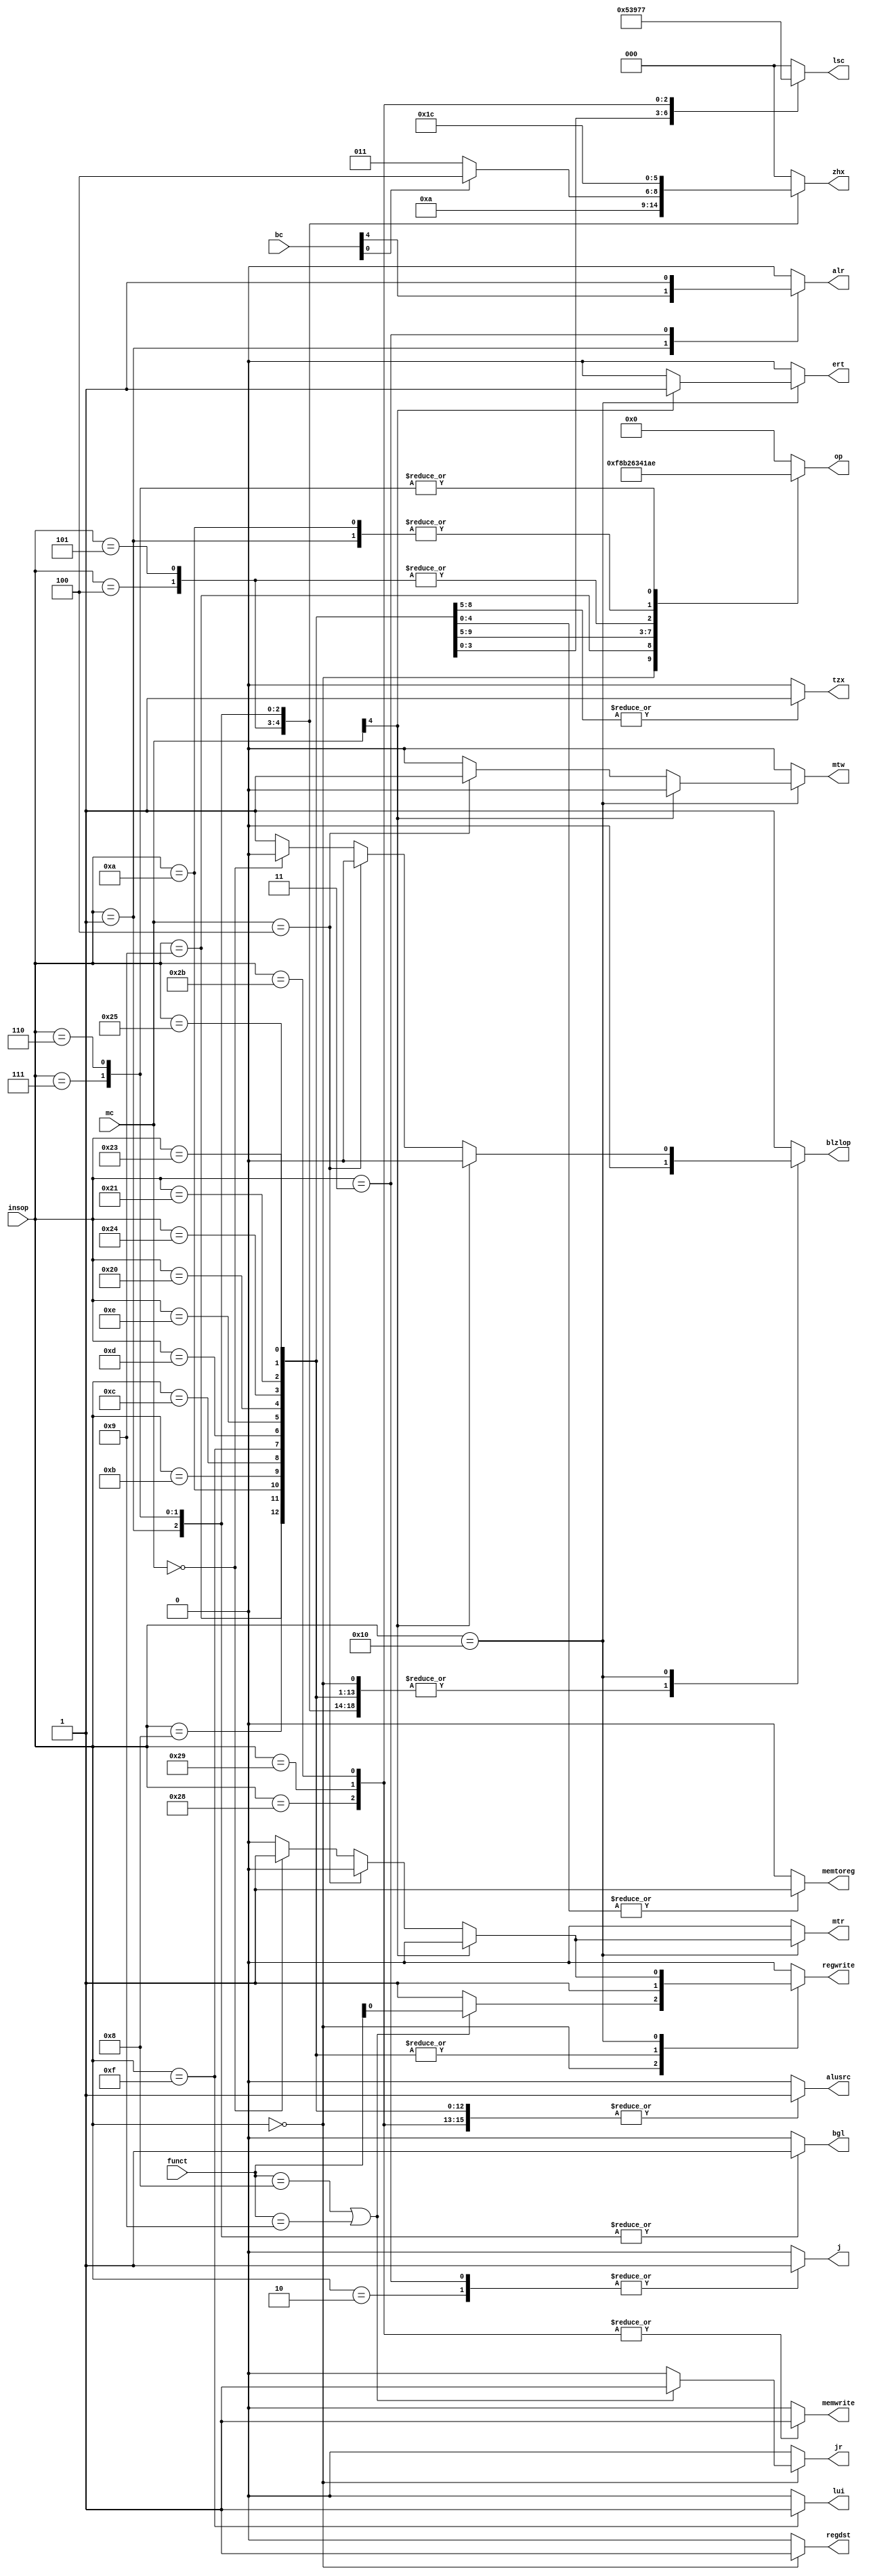
`timescale 1ns / 1ps
//////////////////////////////////////////////////////////////////////////////////
// Company: 
// Engineer: 
// 
// Design Name: 
// Module Name: CT1
// Project Name: 
// Target Devices: 
// Tool Versions: 
// Description: 
// 
// Dependencies: 
// 
// Revision:
// Revision 0.01 - File Created
// Additional Comments:
// 
//////////////////////////////////////////////////////////////////////////////////


module CT1(
input [5:0]insop,funct,
input [4:0] bc,mc,
output reg memtoreg,j,jr,alr,tzx,regwrite,blzlop,alusrc,regdst,ert,memwrite,mtr,mtw,lui,bgl,
output reg [2:0] zhx,lsc,
output reg [3:0] op
    );
always @ * 
begin
  {memtoreg,j,jr,alr,tzx,regwrite,blzlop,alusrc,regdst,ert,memwrite,mtr,mtw,lui,bgl,zhx,lsc,op}=0;
  case(insop)
    6'b000000:begin op=4'b1111;regwrite=1;regdst=1; 
                    if(funct==6'b001000||funct==6'b001001) begin jr=1;regwrite=funct[0]; end
              end
    6'b001000:begin op=4'b0000;alusrc=1;regwrite=1; end
    6'b001001:begin op=4'b1000;alusrc=1;regwrite=1; end
    6'b001010:begin op=4'b1010;alusrc=1;regwrite=1; end
    6'b001011:begin op=4'b1011;alusrc=1;regwrite=1; end
    6'b001100:begin op=4'b0010;alusrc=1;regwrite=1;tzx=1; end
    6'b001111:begin op=4'b0110;lui=1;alusrc=1;regwrite=1;tzx=1; end
    6'b001101:begin op=4'b0011;alusrc=1;regwrite=1;tzx=1; end
    6'b001110:begin op=4'b0100;alusrc=1;regwrite=1;tzx=1; end
    6'b000100:begin op=4'b0001;zhx=3'b001; end
    6'b000101:begin op=4'b0001;zhx=3'b010; end
    6'b000001:begin op=4'b1010;zhx=bc[0]?3'b100:3'b011;bgl=1;alr=bc[4]; end
    6'b000111:begin op=4'b1110;zhx=3'b011;bgl=1; end
    6'b000110:begin op=4'b1110;zhx=3'b100;bgl=1; end
    6'b000010:j=1;
    6'b000011:begin j=1;alr=1; end
    6'b100000:begin op=4'b0000;lsc=3'b000;memtoreg=1;alusrc=1;regwrite=1; end
    6'b100100:begin op=4'b0000;lsc=3'b001;memtoreg=1;alusrc=1;regwrite=1; end
    6'b100001:begin op=4'b0000;lsc=3'b010;memtoreg=1;alusrc=1;regwrite=1; end
    6'b100101:begin op=4'b0000;lsc=3'b011;memtoreg=1;alusrc=1;regwrite=1; end
    6'b100011:begin op=4'b0000;lsc=3'b100;memtoreg=1;alusrc=1;regwrite=1; end
    6'b101000:begin op=4'b0000;lsc=3'b101;alusrc=1;memwrite=1;end
    6'b101001:begin op=4'b0000;lsc=3'b110;alusrc=1;memwrite=1;end
    6'b101011:begin op=4'b0000;lsc=3'b111;alusrc=1;memwrite=1;end
    6'b010000:begin if(mc[4]) ert=1;
                    else if(mc==5'b00100) mtw=1;
                    else if(mc==5'b00000) begin mtr=1;regwrite=1; end
                    else blzlop=1;
              end
    default:blzlop=1;
  endcase
end
endmodule